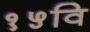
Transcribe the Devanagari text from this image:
१५वि